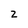
Character: Z